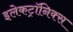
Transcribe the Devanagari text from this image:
इलेकट्रॉनिक्स